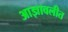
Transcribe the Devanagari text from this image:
आज्ञावलीत